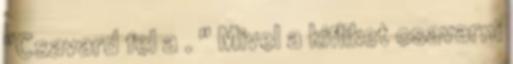
"Csavard fel a . " Mivel a kifliket csavarni